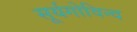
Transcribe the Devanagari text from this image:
सूर्यगोविन्द